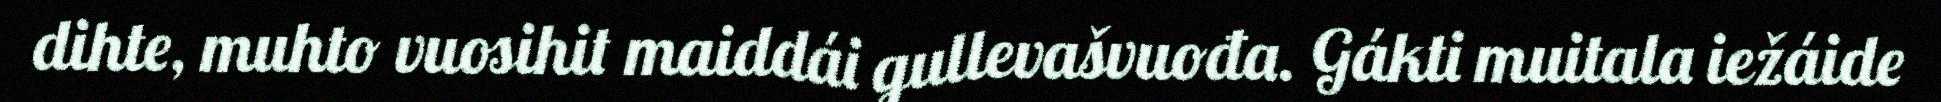
dihte, muhto vuosihit maiddái gullevašvuođa. Gákti muitala iežáide